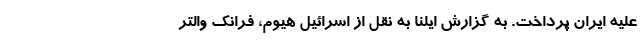
علیه ایران پرداخت. به گزارش ایلنا به نقل از اسرائیل هیوم، فرانک والتر